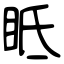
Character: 眡